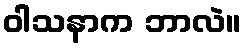
ဝါသနာက ဘာလဲ။